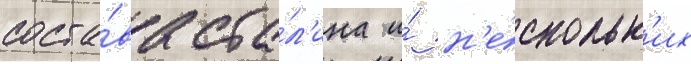
соста́ва ста́л'ина и́ н'е́скольк'их